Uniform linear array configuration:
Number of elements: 32
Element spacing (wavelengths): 0.25
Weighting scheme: uniform
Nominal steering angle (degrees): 30
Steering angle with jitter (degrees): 30.311
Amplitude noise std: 0.05
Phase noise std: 0.05

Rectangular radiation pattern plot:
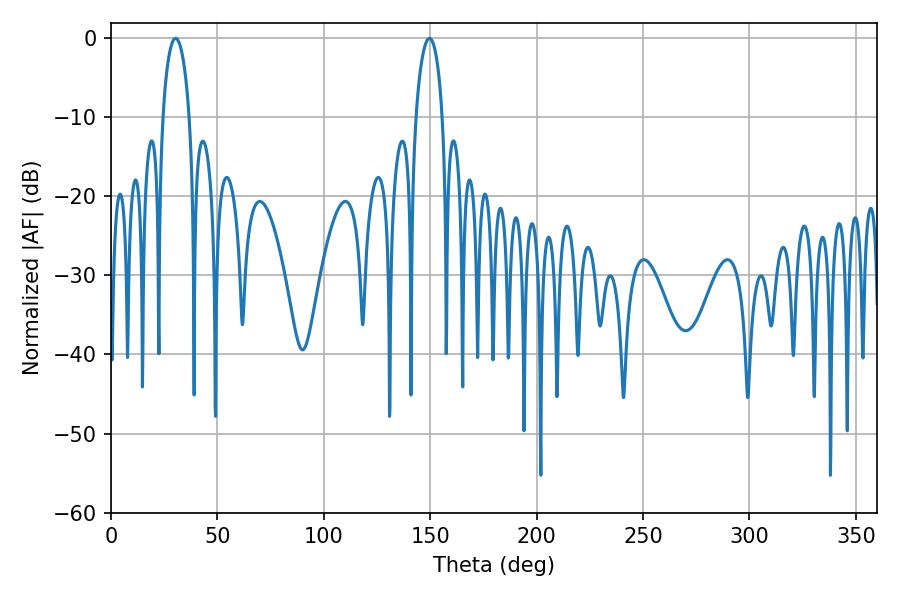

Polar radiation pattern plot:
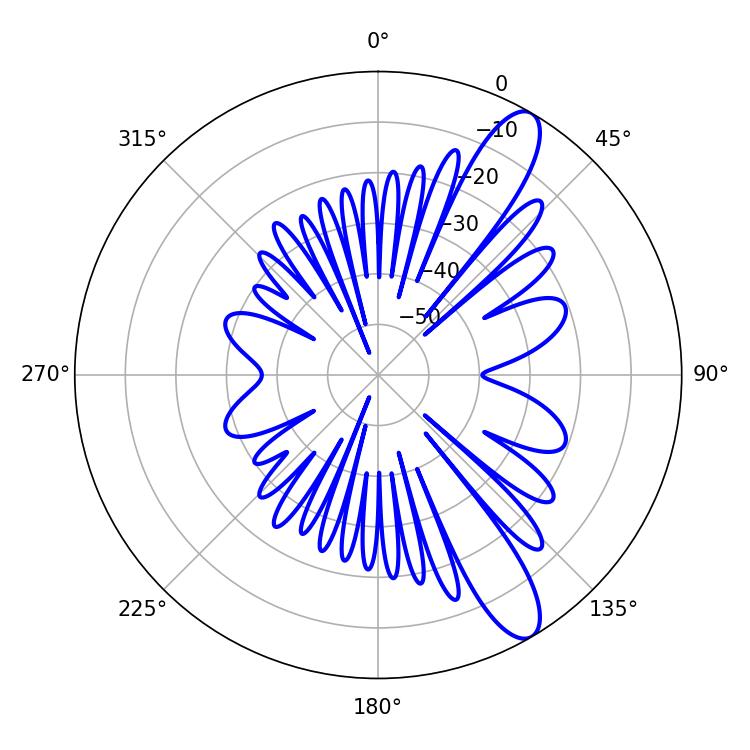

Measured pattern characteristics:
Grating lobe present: FALSE
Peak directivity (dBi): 11.399
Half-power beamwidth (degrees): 7.2
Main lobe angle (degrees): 30.42